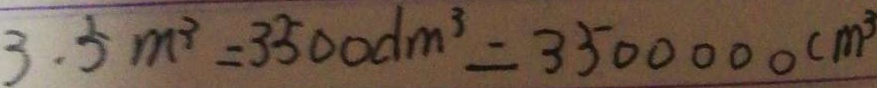
3 . 5 m ^ { 3 } = 3 5 0 0 d m ^ { 3 } = 3 5 0 0 0 0 0 c m ^ { 3 }